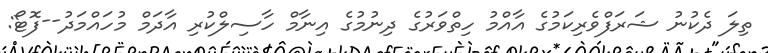
ތިލަ ދެކުނު ޝަރަފްވެރިކަމުގެ އާއްމު ހިތްވަރުގެ ދިނުމުގެ އިނާމް ހާސިލްކުރި އާދަމް މުހައްމަދު--ފޮޓޯ: